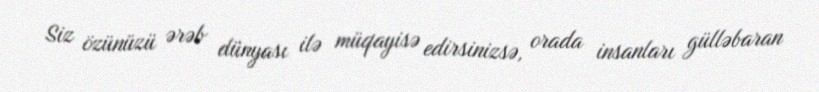
Siz özünüzü ərəb dünyası ilə müqayisə edirsinizsə, orada insanları gülləbaran